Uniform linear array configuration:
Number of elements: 16
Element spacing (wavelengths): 0.25
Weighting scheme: binomial
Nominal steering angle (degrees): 30
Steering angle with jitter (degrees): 31.234
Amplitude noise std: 0.05
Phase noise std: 0.05

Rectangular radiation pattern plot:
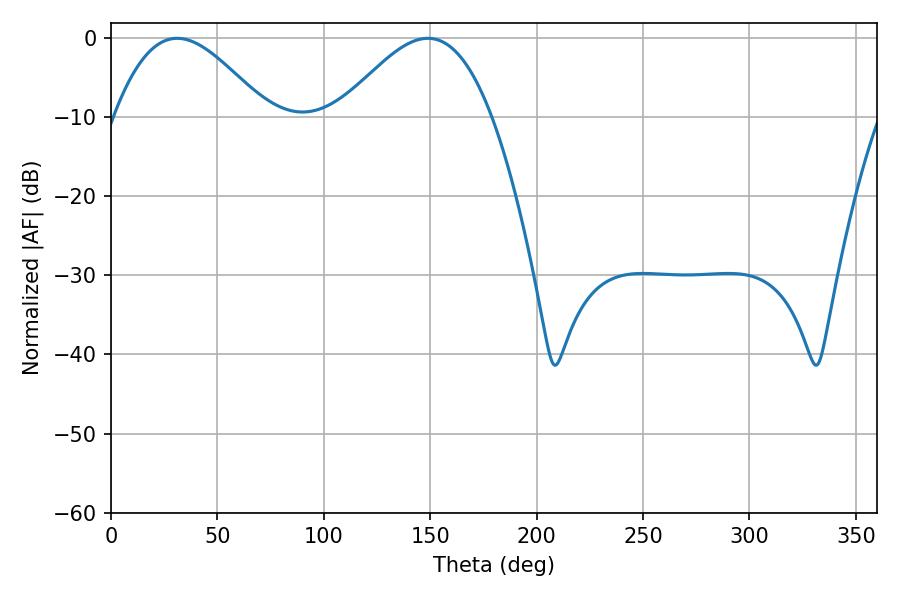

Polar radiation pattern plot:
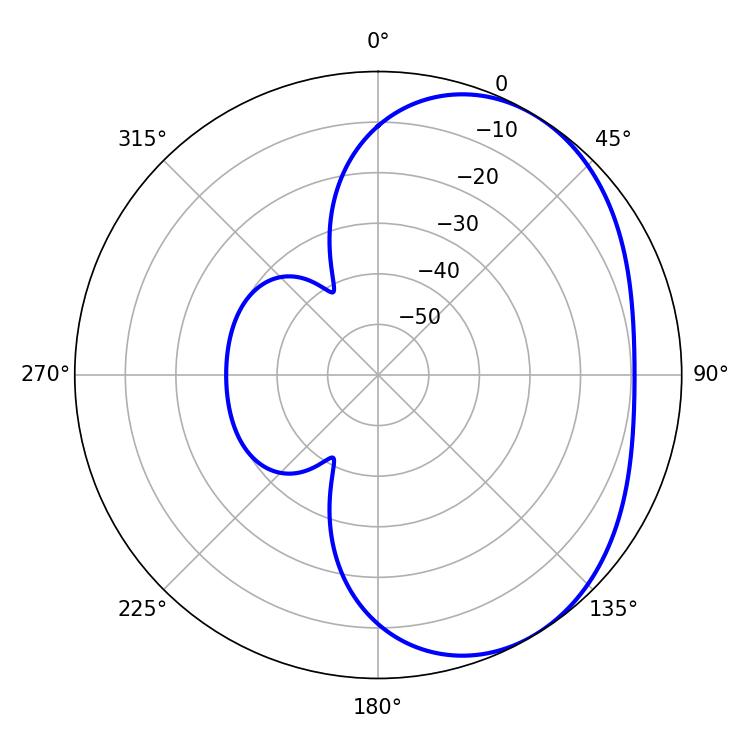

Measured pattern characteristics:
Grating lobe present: FALSE
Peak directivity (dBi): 3.67
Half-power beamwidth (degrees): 38.34
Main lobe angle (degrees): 31.14